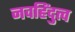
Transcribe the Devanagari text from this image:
नवहिंदुत्व